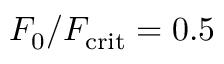
F _ { 0 } / F _ { \mathrm { c r i t } } = 0 . 5